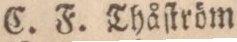
C. F. Thåſtröm.